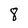
Character: 8